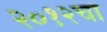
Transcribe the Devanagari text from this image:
२०१२चा